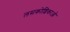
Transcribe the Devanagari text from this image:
लसकोशिकाओं